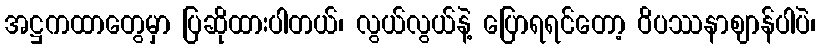
အဋ္ဌကထာတွေမှာ ပြဆိုထားပါတယ်၊ လွယ်လွယ်နဲ့ ပြောရရင်တော့ ဝိပဿနာဈာန်ပါပဲ၊